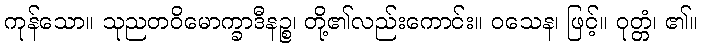
ကုန်သော။ သုညတဝိမောက္ခာဒီနဉ္စ၊ တို့၏လည်းကောင်း။ ဝသေန၊ ဖြင့်။ ဝုတ္တံ၊ ၏။